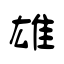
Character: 雄